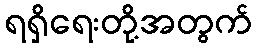
ရရှိရေးတို့အတွက်